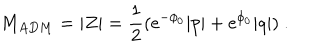
LaTeX: M _ { A D M } = | Z | = { \frac { 1 } { 2 } } ( { \mathrm { e } } ^ { - \phi _ { 0 } } | p | + { \mathrm { e } } ^ { \phi _ { 0 } } | q | ) \ .